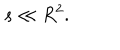
LaTeX: s \ll R ^ { 2 } .